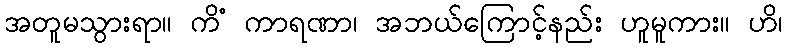
အတူမသွားရာ။ ကိံ ကာရဏာ၊ အဘယ်ကြောင့်နည်း ဟူမူကား။ ဟိ၊